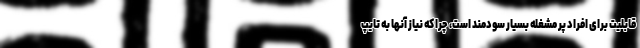
قابلیت برای افراد پر مشغله بسیار سودمند است، چرا که نیاز آنها به تایپ